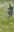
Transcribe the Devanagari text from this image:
य़ॆ